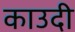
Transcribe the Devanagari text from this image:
काउदी